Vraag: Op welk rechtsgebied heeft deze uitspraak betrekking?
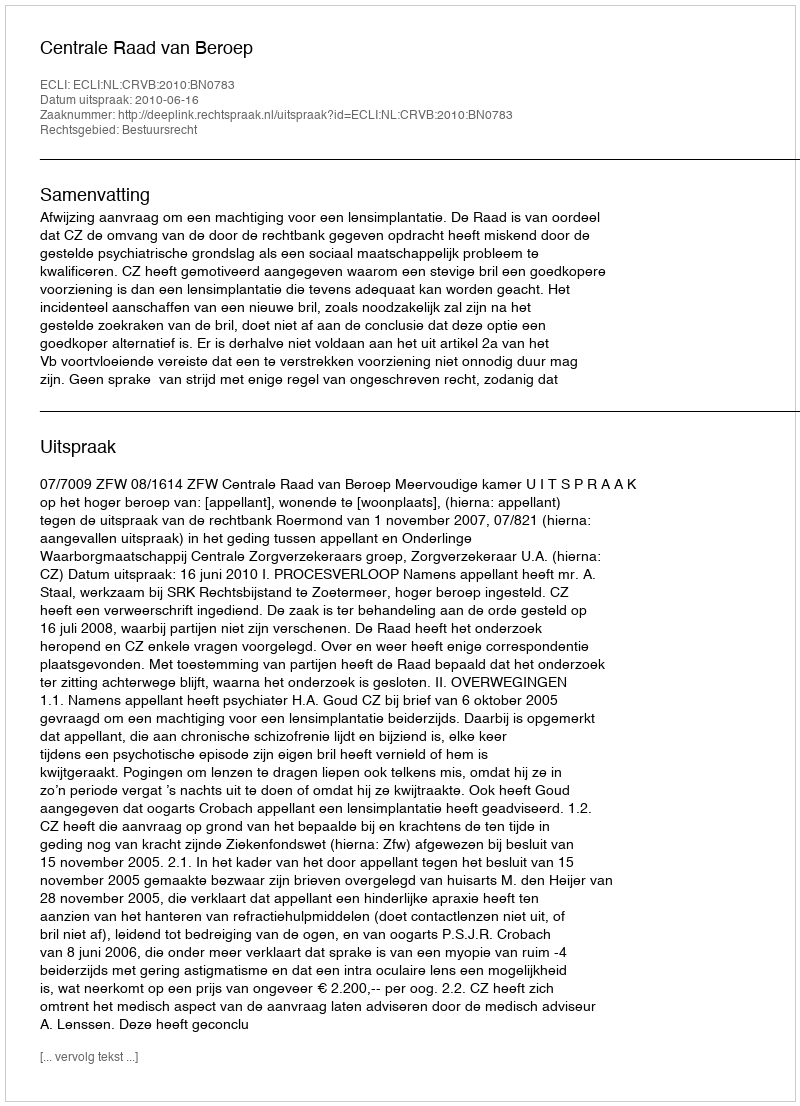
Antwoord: Bestuursrecht